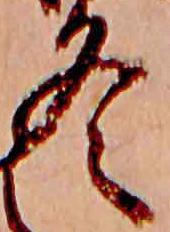
冬